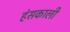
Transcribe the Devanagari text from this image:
हंसकाली